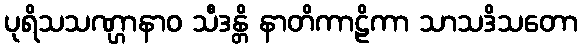
ပုရိသသဏ္ဌာနာဝ သီဒန္တိ နာတိကာဠိကာ သာသဒိသတော